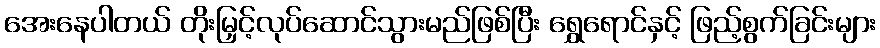
အေးနေပါတယ် တိုးမြှင့်လုပ်ဆောင်သွားမည်ဖြစ်ပြီး ရွှေရောင်နှင့် ဖြည့်စွက်ခြင်းများ